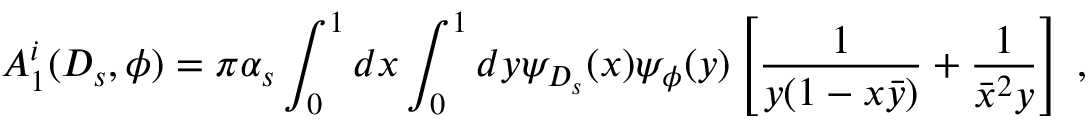
A _ { 1 } ^ { i } ( D _ { s } , \phi ) = \pi \alpha _ { s } \int _ { 0 } ^ { 1 } d x \int _ { 0 } ^ { 1 } d y \psi _ { D _ { s } } ( x ) \psi _ { \phi } ( y ) \left[ \frac { 1 } { y ( 1 - x \bar { y } ) } + \frac { 1 } { \bar { x } ^ { 2 } y } \right] \; ,